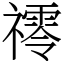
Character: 鿅